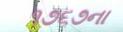
૧૭૬૭ના